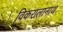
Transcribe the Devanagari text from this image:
विकरालानाथ